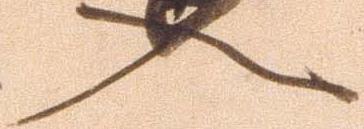
入